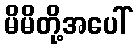
မိမိတို့အပေါ်